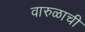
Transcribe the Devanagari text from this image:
वारुळाची